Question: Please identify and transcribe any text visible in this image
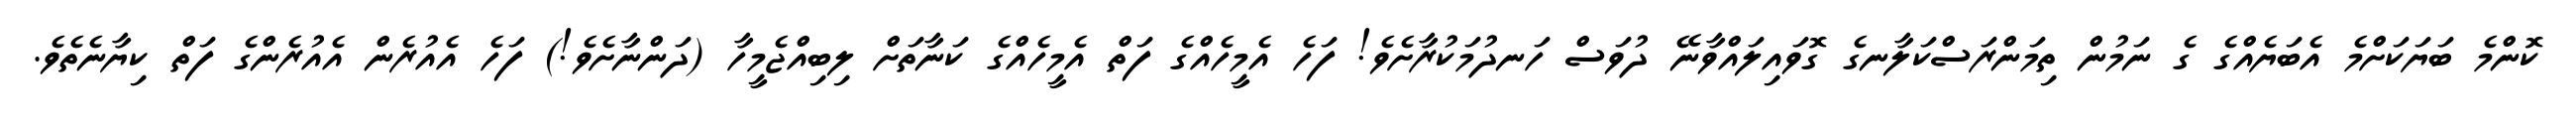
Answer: ކޮންމެ ބަޔަކަށްމެ އެބަޔެއްގެ ގެ ނަމުން ތިމަންރަސްކަލާނގެ ގޮވައިލައްވާނޭ ދުވަސް ހަނދުމަކުރާށެވެ! ފަހެ އެމީހެއްގެ ފަތް އެމީހެއްގެ ކަނާތަށް ލިބިއްޖެމީހާ (ދަންނާށެވެ!) ފަހެ އެއުރެން އެއުރެންގެ ފަތް ކިޔާނެތެވެ.